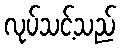
လုပ်သင့်သည်